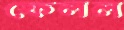
ফেলল